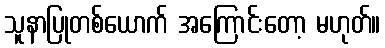
သူနာပြုတစ်ယောက် အကြောင်းတော့ မဟုတ်။